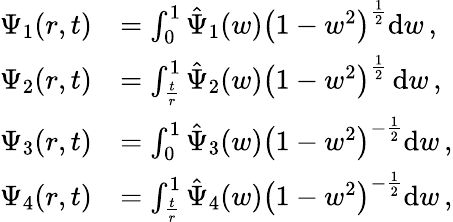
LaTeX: \begin{array}{rl}{\Psi_{1}(r,t)}&{=\int_{0}^{1}\hat{\Psi}_{1}(w)\left(1-w^{2}\right)^{\frac{1}{2}}\mathrm{d}w\, ,}\\ {\Psi_{2}(r,t)}&{=\int_{\frac{t}{r}}^{1}\hat{\Psi}_{2}(w)\left(1-w^{2}\right)^{\frac{1}{2}}\, \mathrm{d}w\, ,}\\ {\Psi_{3}(r,t)}&{=\int_{0}^{1}\hat{\Psi}_{3}(w)\left(1-w^{2}\right)^{-\frac{1}{2}}\mathrm{d}w\, ,}\\ {\Psi_{4}(r,t)}&{=\int_{\frac{t}{r}}^{1}\hat{\Psi}_{4}(w)\left(1-w^{2}\right)^{-\frac{1}{2}}\mathrm{d}w\, ,}\end{array}